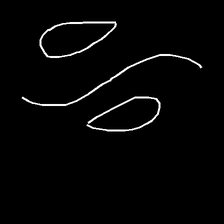
Glyph: water